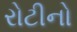
રોટીનો